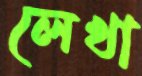
লেখা